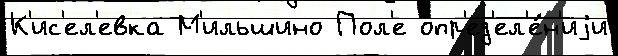
К'ис'ел'евка М'ильшино Пол'е опр'ед'ел'е́н'иjи